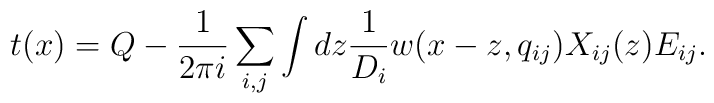
t(x)=Q-\frac{1}{2\pi i}\sum_{i, j}\int dz \frac{1}{D_i}w(x-z,q_{ij})X_{ij}(z) E_{ij}.\nonumber